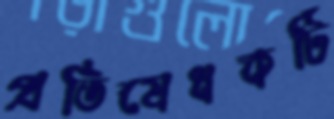
প্রতিষেধকটি